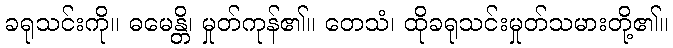
ခရုသင်းကို။ ဓမေန္တိ၊ မှုတ်ကုန်၏။ တေသံ၊ ထိုခရုသင်းမှုတ်သမားတို့၏။